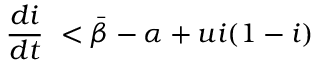
\frac { d i } { d t } \ < \bar { \beta } - \alpha + u i ( 1 - i )